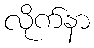
လိုက်နာ